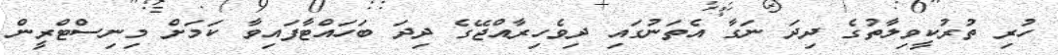
ހުރި ތުރުކީވިލާތުގެ ދިދަ ނަގާ އެތަނުގައި ދިވެހިރާއްޖޭގެ ދިދަ ބަހައްޓާފައިވާ ކަމަށް މިނިސްޓްރީން